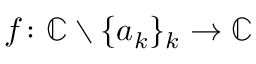
f \colon \mathbb { C } \setminus \{ a _ { k } \} _ { k } \rightarrow \mathbb { C }